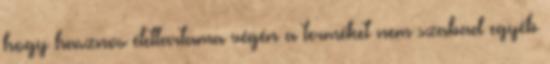
hogy hasznos élettartama végén a terméket nem szabad egyéb